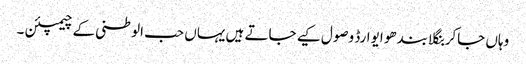
وہاں جاکر بنگلا بندھو ایوارڈ وصول کیے جاتے ہیں یہاں حب الوطنی کے چیمپئن ۔